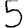
Digit: 5